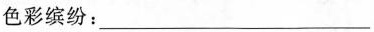
色彩缤纷：___